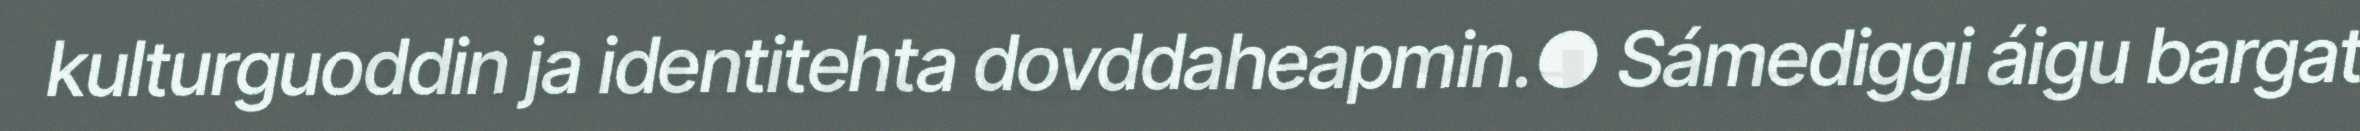
kulturguoddin ja identitehta dovddaheapmin.● Sámediggi áigu bargat